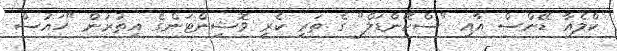
ކްލެއާ ޑޭންސް އާއި "ސްކޭންޑަލް" ގެ ތަރި ކެރީ ވޮޝިންޓަންގެ އިތުރުން "ހައުސް